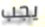
يجب